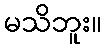
မသိဘူး။